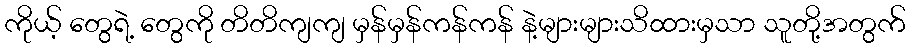
ကိုယ့် တွေရဲ့ တွေကို တိတိကျကျ မှန်မှန်ကန်ကန် နဲ့များများသိထားမှသာ သူတို့အတွက်